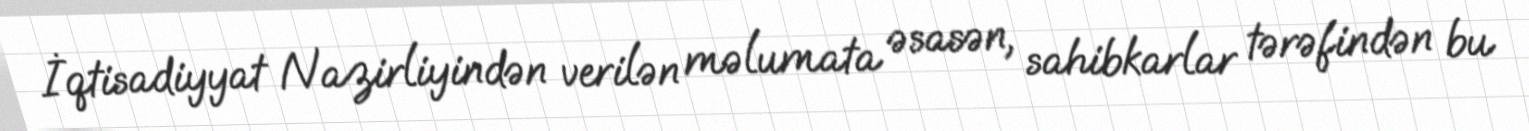
İqtisadiyyat Nazirliyindən verilən məlumata əsasən, sahibkarlar tərəfindən bu